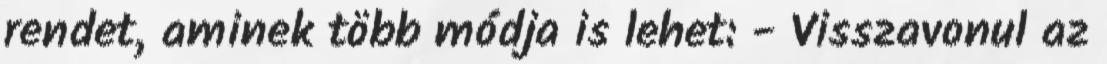
rendet, aminek több módja is lehet: - Visszavonul az